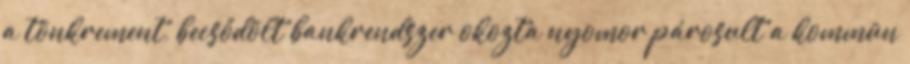
a tönkrement, becsődölt bankrendszer okozta nyomor párosult a kommün